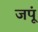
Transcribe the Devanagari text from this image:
जपूं